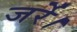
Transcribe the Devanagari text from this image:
जर्रे।